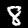
Label: 8